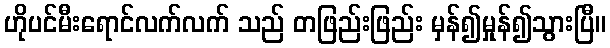
ဟိုပင်မီးရောင်လက်လက် သည် တဖြည်းဖြည်း မှန်၍မှုန်၍သွားပြီ။